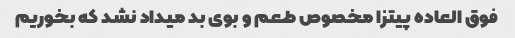
فوق العاده پیتزا مخصوص طعم و بوی بد میداد نشد که بخوریم